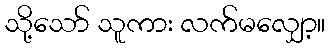
သို့သော် သူကား လက်မလျှော့။